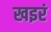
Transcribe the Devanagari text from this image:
खइरं